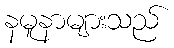
နမူနာများသည်